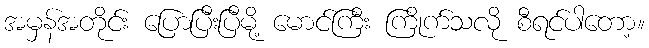
အမှန်အတိုင်း ပြောပြီးပြီမို့ မောင်ကြီး ကြိုက်သလို စီရင်ပါတော့။